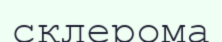
склерома